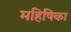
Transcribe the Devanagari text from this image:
महिषिका